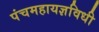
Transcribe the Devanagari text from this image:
पंचमहायज्ञविधी